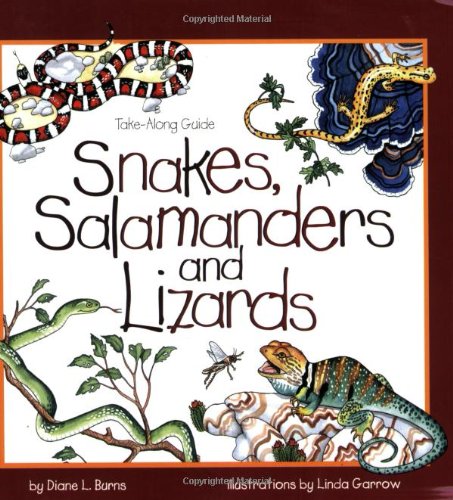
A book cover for Snakes, Salamanders & Lizards (Take Along Guides); Diane Burns; Children's Books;